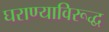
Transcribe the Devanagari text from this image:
घराण्याविरूद्ध